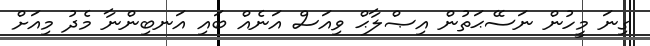
ގިނަ މީހުން ނަސޭޙަތުން އިޞްލާޙް ވިއަސް އަނެއް ބައި އަނބިންނާ މެދު މިއަށް